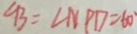
\angle B = \angle N P D = 6 0 ^ { \circ }